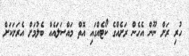
ހުރި ރަށް ނޫން އެހެން ރަށެއްގެ ކޯޓެއްގައި އޮތް މައްސަލައެއް ބެލުމަށް އެރަށަކަށް